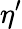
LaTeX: \eta^{\prime}